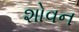
શોવન